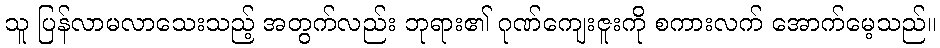
သူ ပြန်လာမလာသေးသည့် အတွက်လည်း ဘုရား၏ ဂုဏ်ကျေးဇူးကို စကားလက် အောက်မေ့သည်။